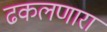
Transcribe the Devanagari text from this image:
ढकलणारा